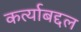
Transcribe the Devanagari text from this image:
कर्त्याबद्दल